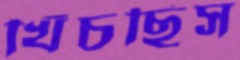
খিঁচছিস